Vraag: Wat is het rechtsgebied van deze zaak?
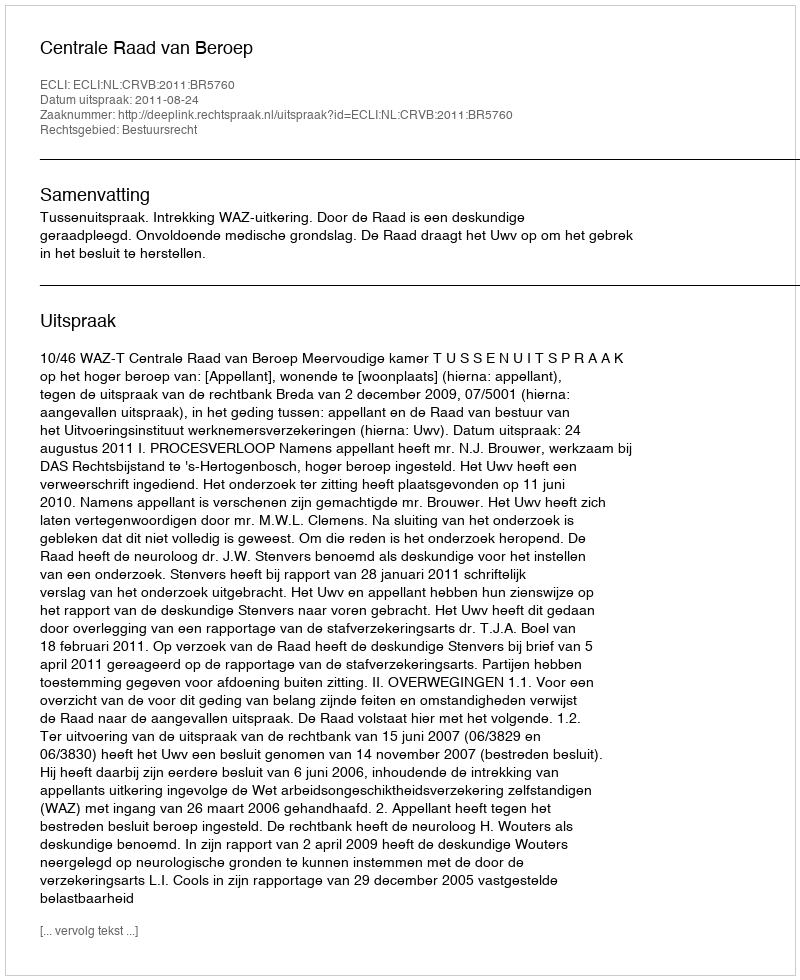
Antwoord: Bestuursrecht